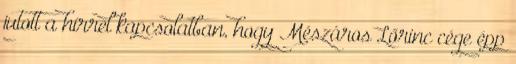
jutott a hírrel kapcsolatban, hogy Mészáros Lőrinc cége épp